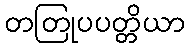
တတြုပပတ္တိယာ